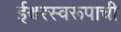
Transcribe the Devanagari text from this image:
ईश्वरस्वरूपाची